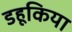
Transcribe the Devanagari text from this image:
डहूकिया